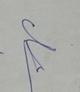
Signature authenticity: genuine